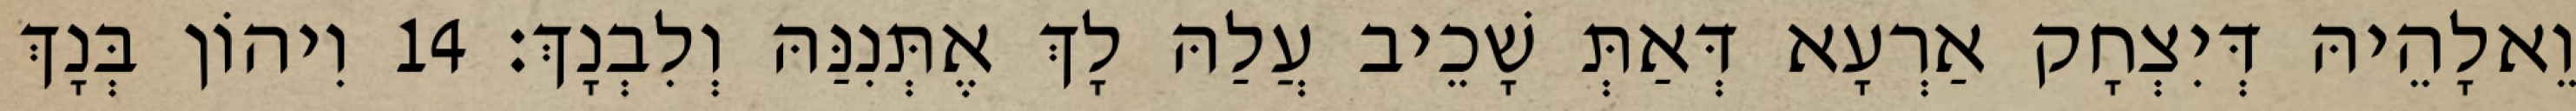
וֵאלָהֵיהּ דְּיִצְחָק אַרְעָא דְּאַתְּ שָׁכֵיב עֲלַהּ לָךְ אֶתְּנִנַּהּ וְלִבְנָךְ׃ 14 וִיהוֹן בְּנָךְ